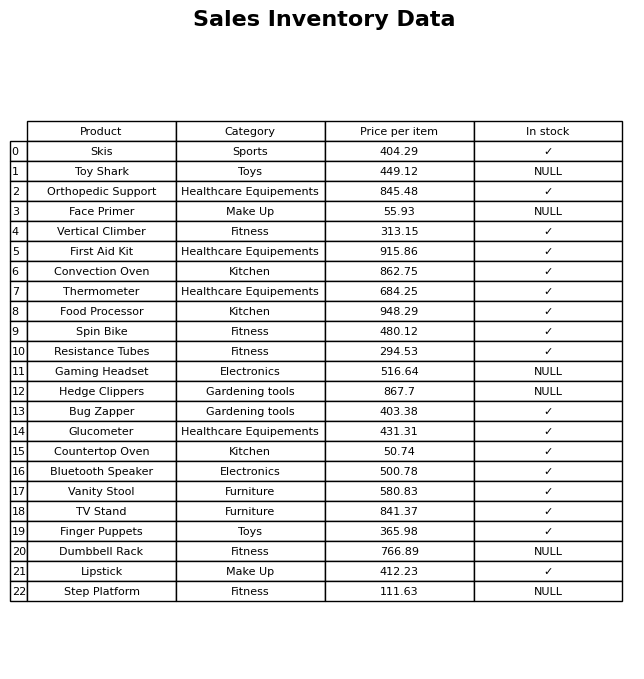
question: What is the price of the Dumbbell Rack?
answer: The price of Dumbbell Rack is 766.89.